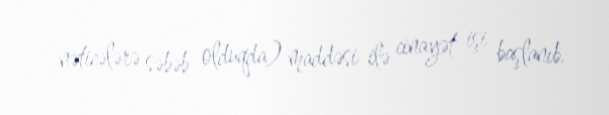
nəticələrə səbəb olduqda) maddəsi ilə cinayət işi başlanıb.